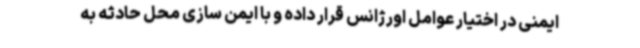
ایمنی در اختیار عوامل اورژانس قرار داده و با ایمن سازی محل حادثه به